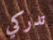
تدركي